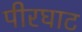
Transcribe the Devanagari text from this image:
पीरघाट